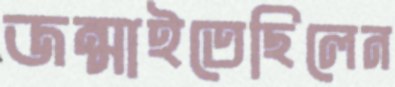
জন্মাইতেছিলেন